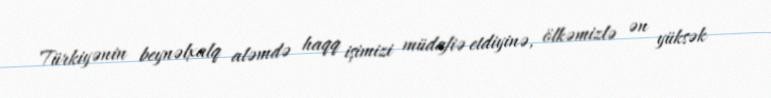
Türkiyənin beynəlxalq aləmdə haqq işimizi müdafiə etdiyinə, ölkəmizlə ən yüksək